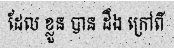
ដែល ខ្លួន បាន ដឹង ក្រៅពី